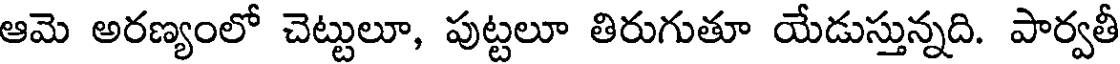
ఆమె అరణ్యంలో చెట్టులూ, పుట్టలూ తిరుగుతూ యేడుస్తున్నది. పార్వతీ